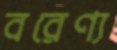
বরেণ্য